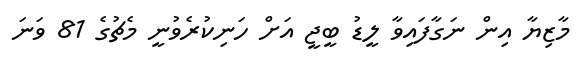
މާޒިޔާ އިން ނަގާފައިވާ ލީޑު ބީޖީ އަށް ހަނިކުރެވުނީ މެޗުގެ 81 ވަނަ